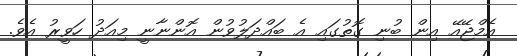
އެމްޖޭއޭ އިން ބުނި ގޮތުގައި އެ ބައްދަލުވުން އޮންނާނީ މިއަދު ހަވީރު އެވެ.